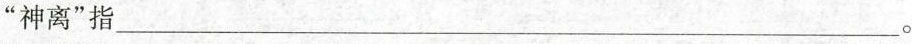
”神离”指___。